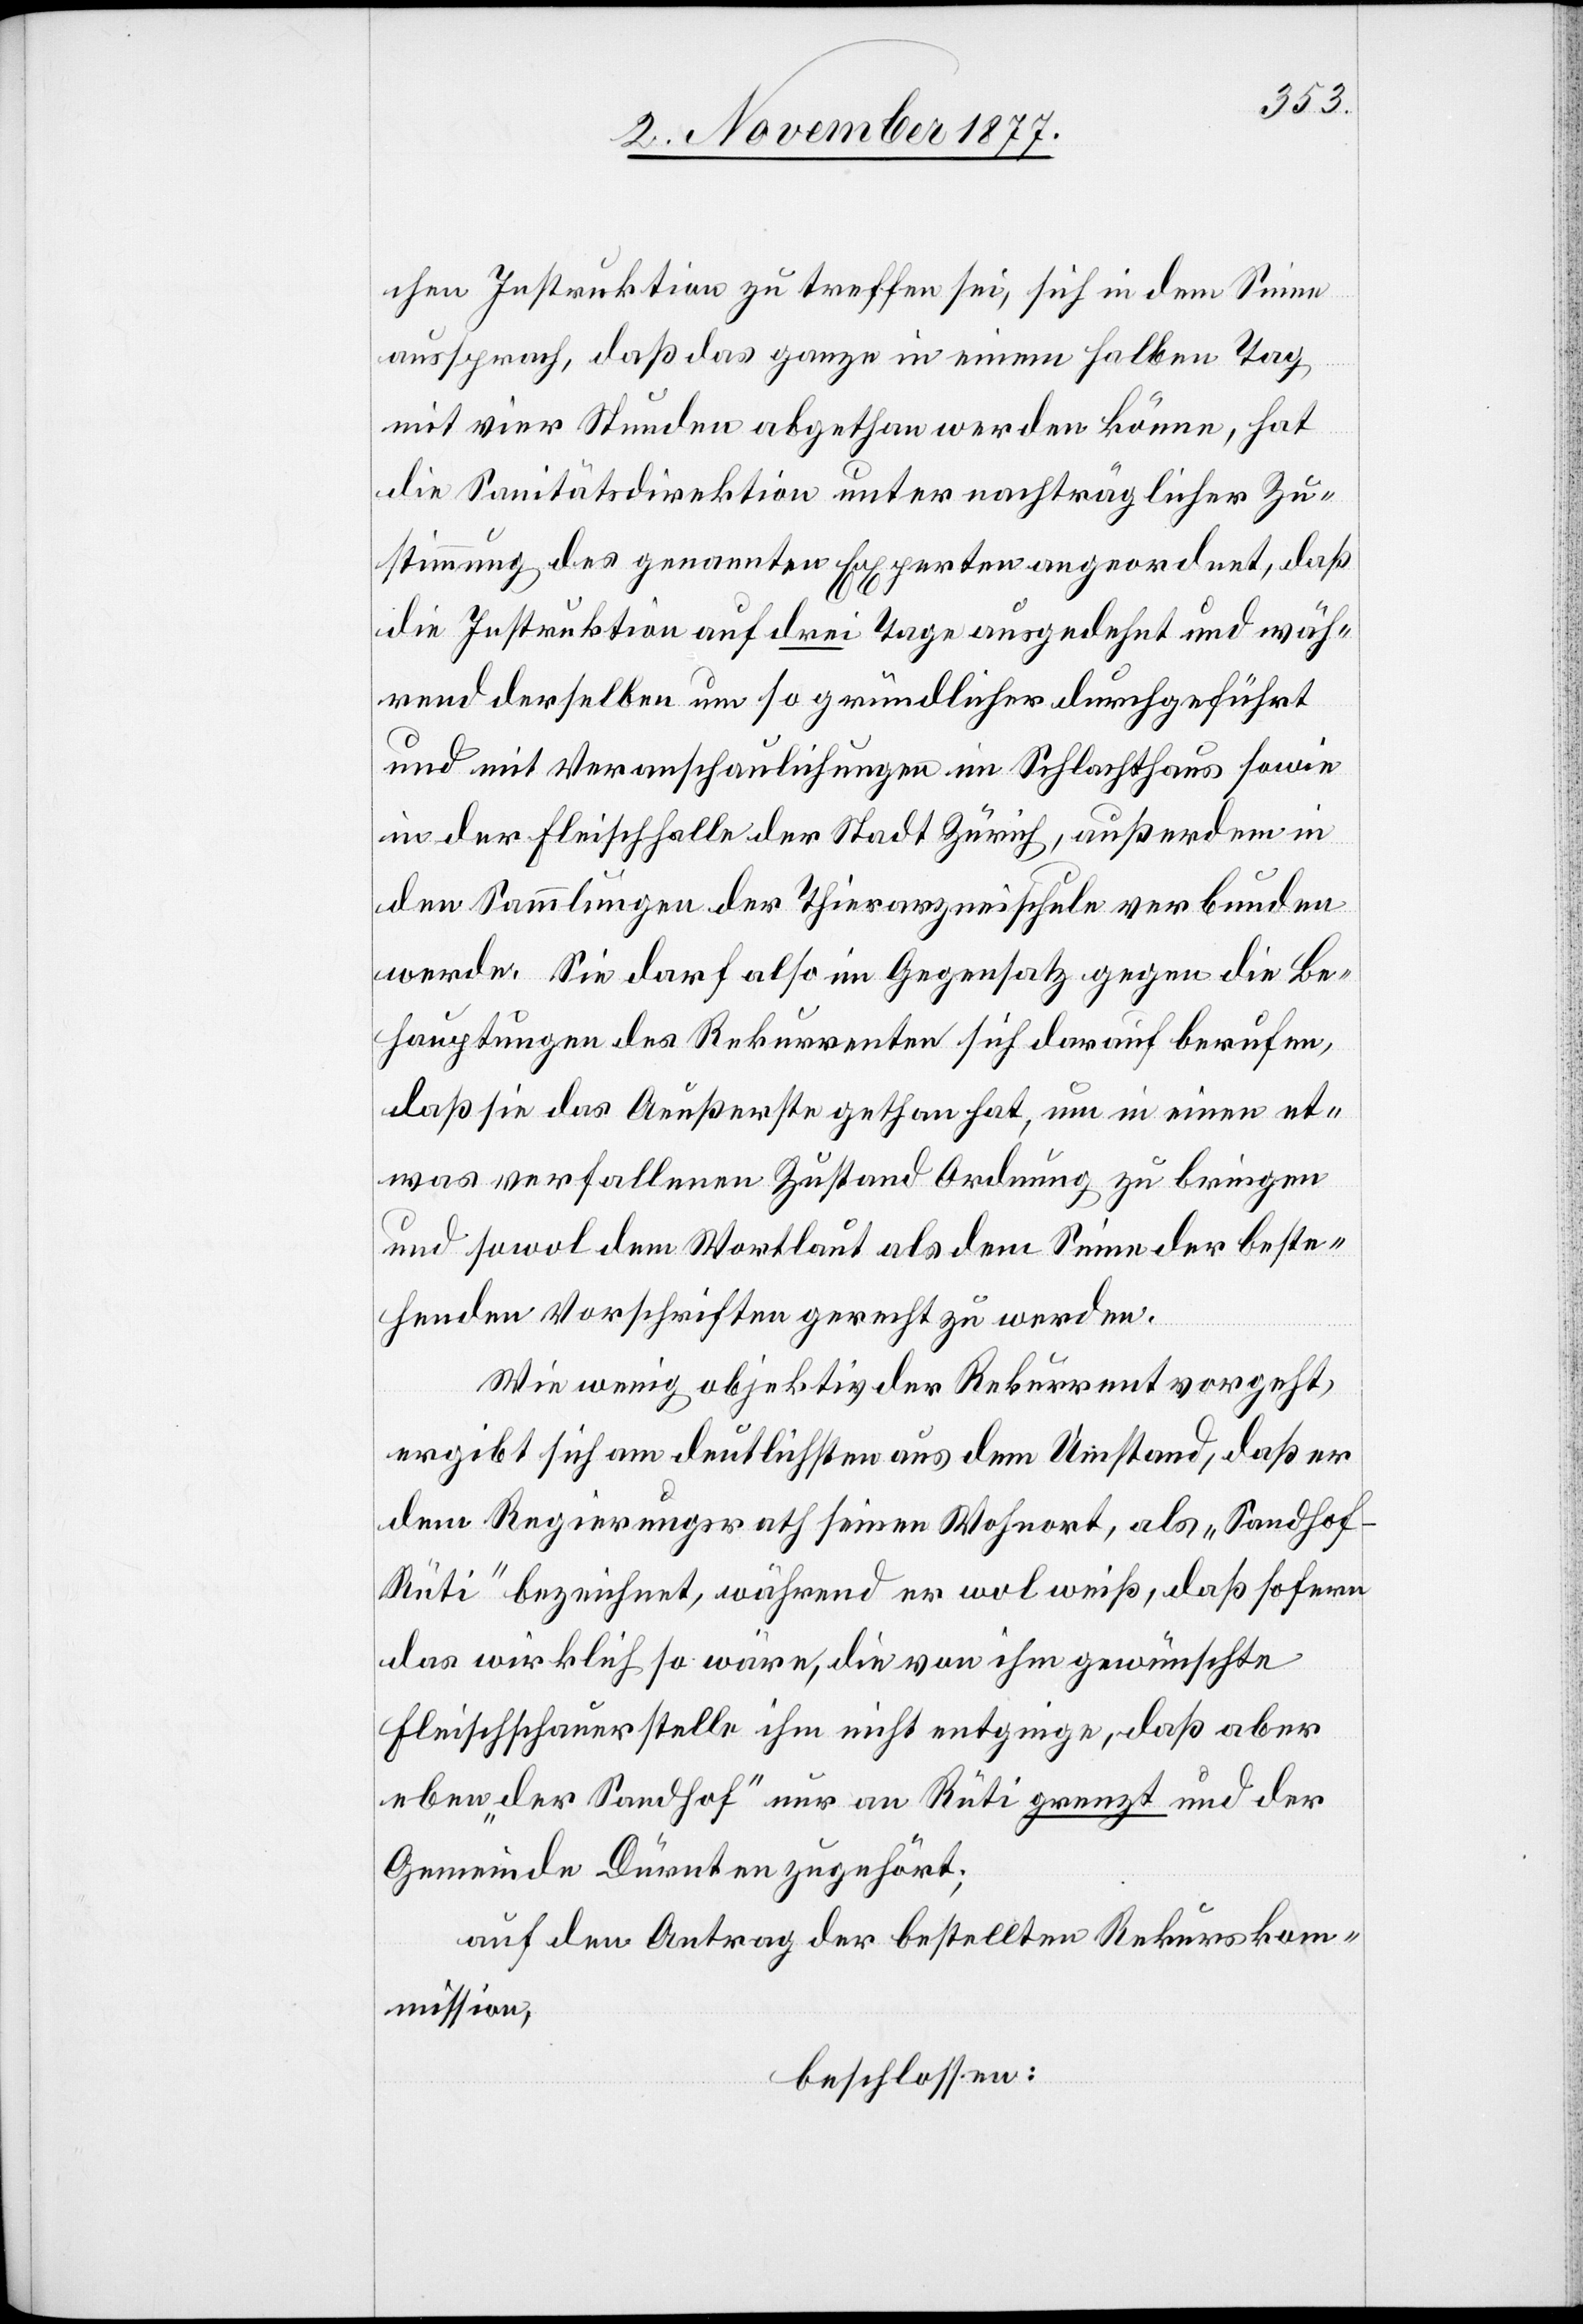
chen Instruktion zu treffen sei, sich in dem Sinne
aussprach, daß das ganze in einem halben Tag
mit vier Stunden abgethan werden könne, hat
die Sanitätsdirektion unter nachträglicher Zu¬
stimmung des genannten Experten angeordnet, daß
die Instruktion auf drei Tage ausgedehnt und wäh¬
rend derselben um so gründlicher durchgeführt
und mit Veranschaulichungen im Schlachthaus sowie
in der Fleischhalle der Stadt Zürich, außerdem in
den Sammlungen der Thierarzneischule verbunden
werde. Sie darf also im Gegensatz gegen die Be¬
hauptungen des Rekurrenten sich darauf berufen,
daß sie das Aeußerste gethan hat, um in einen et¬
was verfallenen Zustand Ordnung zu bringen
und sowol dem Wortlaut als dem Sinne der beste¬
henden Vorschriften gerecht zu werden.
Wie wenig objektiv der Rekurrent vorgeht,
ergibt sich am deutlichsten aus dem Umstand, daß er
dem Regierungsrath seinen Wohnort, als „Sandhof
Rüti“ bezeichnet, während er wol weiß, daß sofern
das wirklich so wäre, die von ihm gewünschte
Fleischschauerstelle ihm nicht entginge, daß aber
eben „der Sandhof“ nur an Rüti grenzt und der
Gemeinde Dürnten zugehört;
auf den Antrag der bestellten Rekurskom¬
mission,
beschlossen: